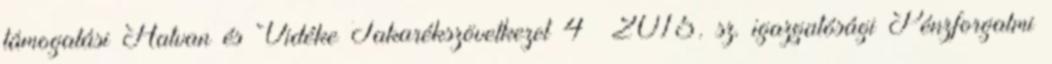
támogatási Hatvan és Vidéke Takarékszövetkezet 4 2015. sz. igazgatósági Pénzforgalmi